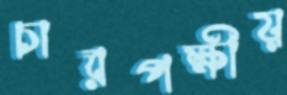
চারপক্ষীয়